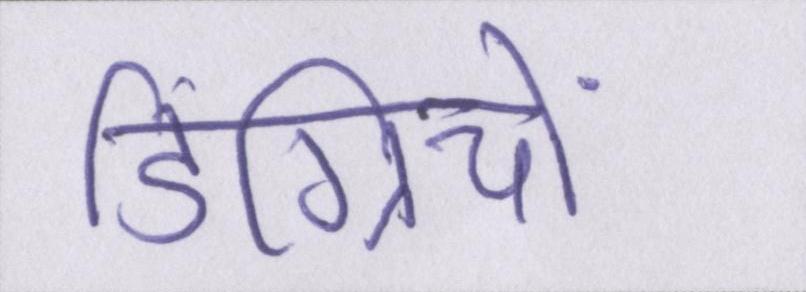
डिग्रियों